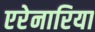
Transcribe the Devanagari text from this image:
एरेनारिया